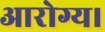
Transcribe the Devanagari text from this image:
आरोग्य।